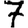
Digit: 7